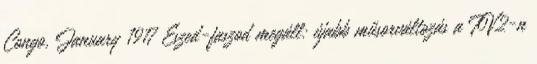
Congo, January 1917 Eszed-faszod megáll: újabb műsorváltozás a TV2-n